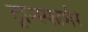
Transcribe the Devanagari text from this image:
ट्रान्स्फार्मर